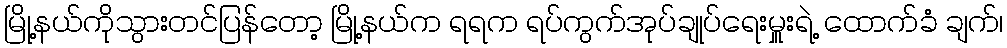
မြို့နယ်ကိုသွားတင်ပြန်တော့ မြို့နယ်က ရရက ရပ်ကွက်အုပ်ချုပ်ရေးမှူးရဲ့ ထောက်ခံ ချက်၊